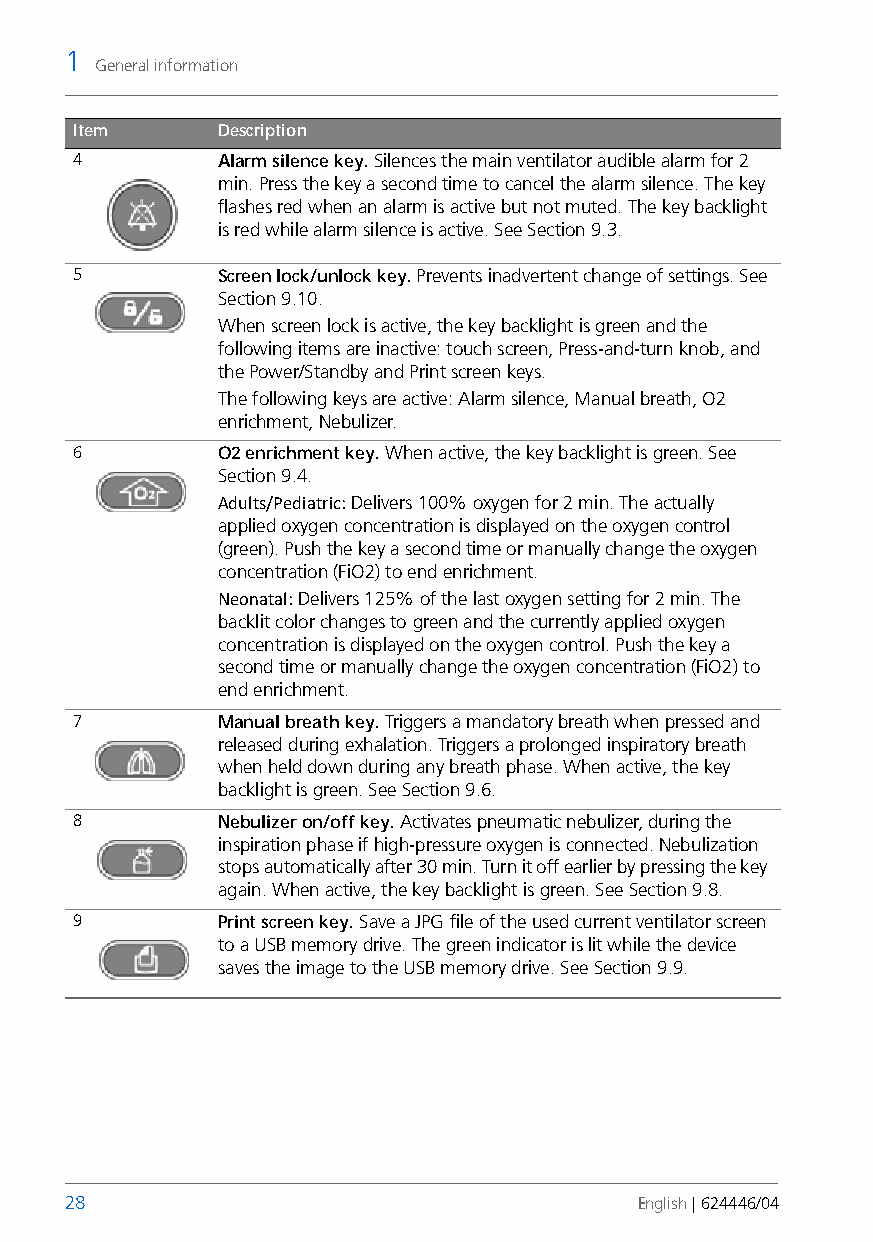
1
 General information
 Item      Description
 4         Alarm silence key. Silences the main ventilator audible alarm for 2
 min. Press the key a second time to cancel the alarm silence. The key
 flashes red when an alarm is active but not muted. The key backlight
 is red while alarm silence is active. See Section 9.3.
 5         Screen lock/unlock key. Prevents inadvertent change ofsettings. See
 Section 9.10.
 When screen lock is active, the key backlight is green and the
 following items are inactive: touch screen, Press-and-turn knob, and
 the Power/Standby and Print screen keys.
 The following keys are active: Alarm silence, Manual breath, O2
 enrichment, Nebulizer.
 6         O2 enrichment key. When active, the key backlight is green. See
 Section 9.4.
 Adults/Pediatric: Delivers 100% oxygen for 2 min. The actually
 applied oxygen concentration is displayed on the oxygen control
 (green). Push the key a second time or manually change the oxygen
 concentration (FiO2) to end enrichment.
 Neonatal: Delivers 125% of the last oxygen setting for 2 min. The
 backlit color changes to green and the currently applied oxygen
 concentration is displayed on the oxygen control. Push the key a
 second time or manually change the oxygen concentration (FiO2) to
 end enrichment.
 7         Manual breath key. Triggers a mandatory breath when pressed and
 released during exhalation. Triggers a prolonged inspiratory breath
 when held down during any breath phase. When active, the key
 backlight is green. See Section 9.6.
 8         Nebulizer on/off key. Activates pneumatic nebulizer, during the
 inspiration phase if high-pressure oxygen is connected. Nebulization
 stops automatically after 30 min. Turn it off earlier by pressing the key
 again. When active, the key backlight is green. See Section 9.8.
 9         Print screen key. Save a JPG file of the used current ventilator screen
 to a USB memory drive. The green indicator is lit while the device
 saves the image to the USB memory drive. See Section 9.9.
 28                                    English | 624446/04